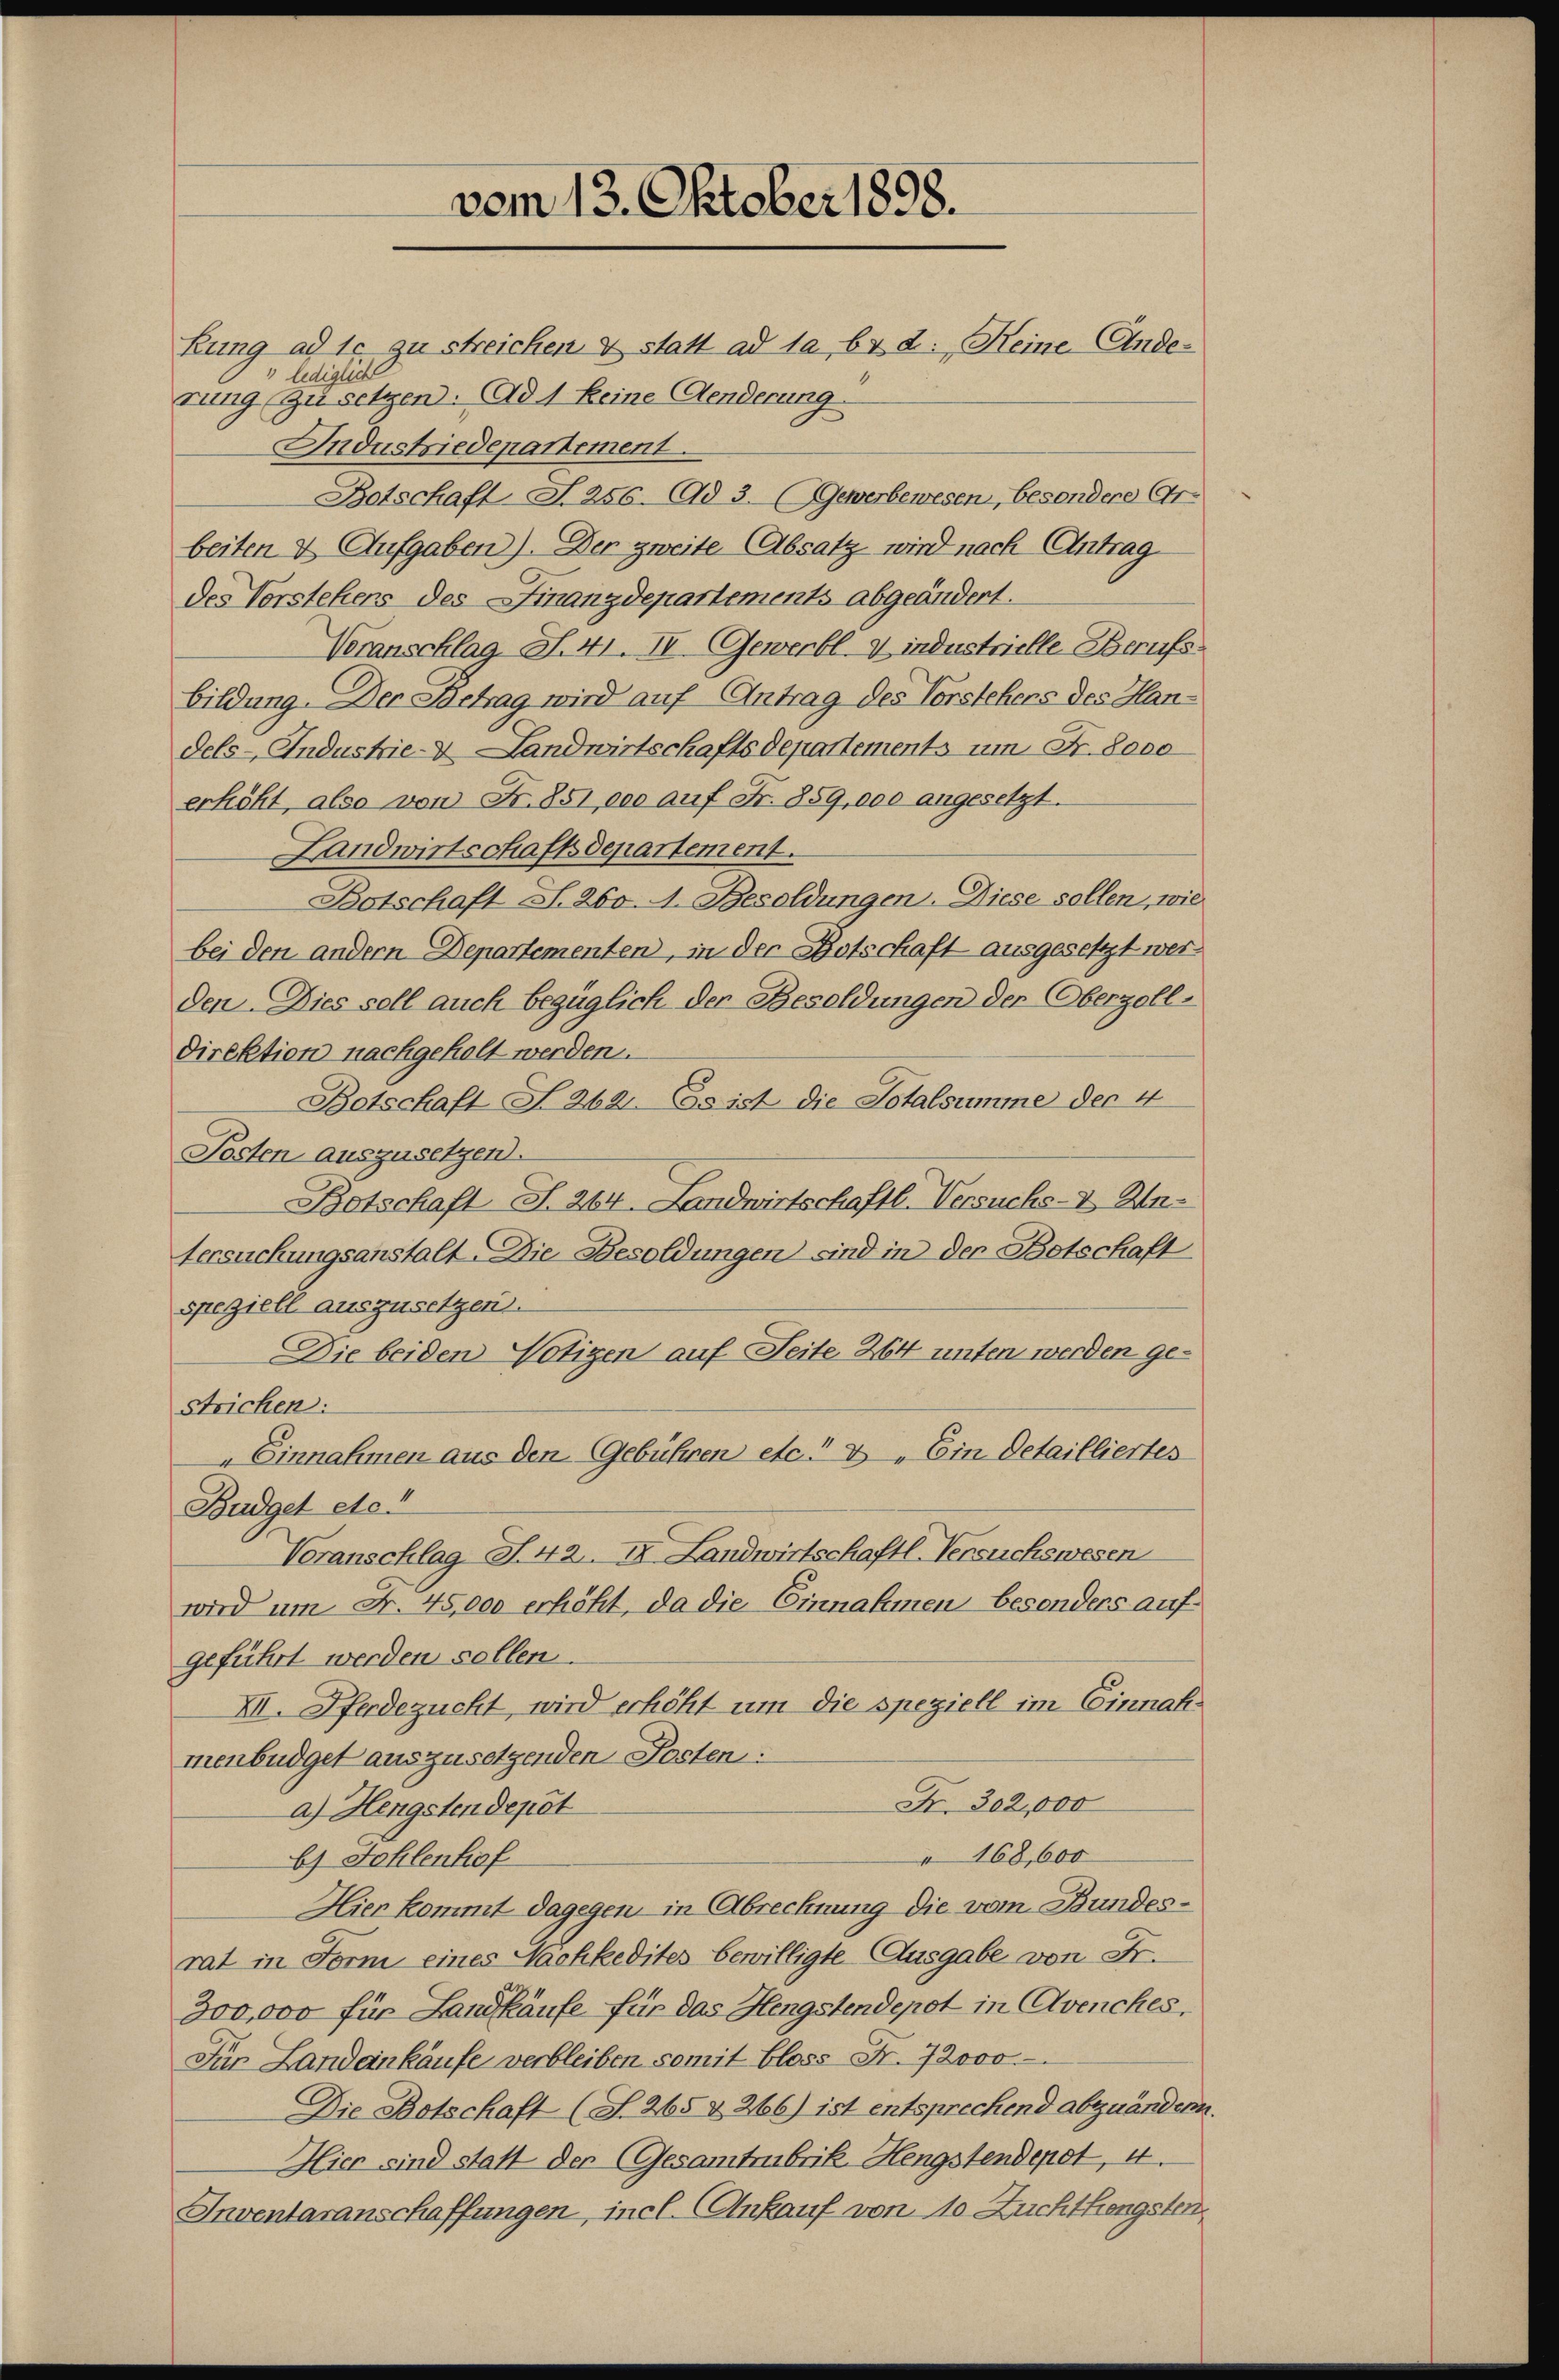
vom 13. Oktober 1898.
kung ad 10 zu streichen & statt ad 1, b. & 2: „Keine Einde-
rung zu setzen. Ad 1 keine Aenderung

ledigliche
Industriedenartement.
Botschaft I 256. (Ad 3. (Gewerbewesen, besondere Arbeiten & Aufgaben). Der zweite (Absatz wird nach Antrag
des Vorstehens des Finanzdepartements abgeändert.
Veranschlag. S. 41. II Gewerbl. V industrielle Berufs
bildung. Der Betrag wird auf Antrag des Vorstehers des Handels-Industrie- & Landwirtschaftsdepartements um Fr. beso
erhöht, also von Fr. 851 000 auf Fr. 859,000 angesetzt.
Landwirtschaftsdepartement.
Botschaft S. 260. A. Besoldungen. Diese sollen, wie
bei den andern Departementen, in der Botschaft ausgesetzt werden Dies soll auch bezüglich der Besoldungen der Oberzoll-
Direktion nachgeholt werden.
Botschaft N. 262. Es ist die Totalsumme der 4
Posten auszusetzen.
Botschaft S. 264. Landwirtschaftl. Versuchs-V. An-
tersuchungsanstalt. Die Besoldungen sind in der Betschaft
speziell auszusetzen.
Die beiden Nötigen auf Seite 264 unten werden gestrichen:
 Einnahmen aus den Gebühren etc. v. Ein Detailliertes
Budget etc.
Voranschlag S. 42. IX. Landwirtschaftl. Versuchswesen
wird um Fr. 45,000 erhöht, da die Einnahmen besonders aufgeführt werden sollen.
XII. Pferdezucht, wird erhöht um die speziell im Einnahmenbüdget auszusetzenden Posten:
Fr. 302,000
a) Hengsten depot
168,600
b) Fehlenhof
Hier kommt dagegen in Abrechnung die vom Bundesrat in Form eines Nachkedites bewilligte Ausgabe von Fr.
300,000 für Landkäufe für das Hengstendepot in Avenches,
Für Landankäufe verbleiben somit bloss Fr. 72000.
Die Botschaft (S. 265 & 266) ist entsprechend abzuändern.
Hier sind statt der (Gesamtrubrik, Hengstendepot, 4.
Inventaranschaffungen, incl. Ankauf von 10 Zuchthengsten